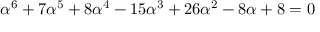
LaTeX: \alpha ^ { 6 } + 7 \alpha ^ { 5 } + 8 \alpha ^ { 4 } - 1 5 \alpha ^ { 3 } + 2 6 \alpha ^ { 2 } - 8 \alpha + 8 = 0